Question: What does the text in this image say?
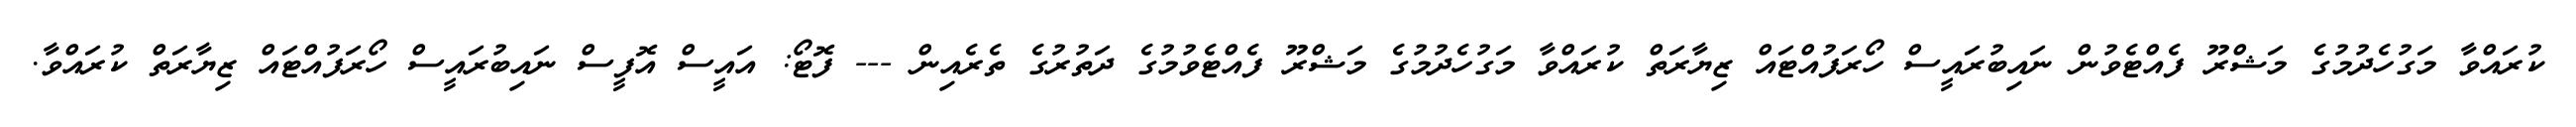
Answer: ކުރައްވާ މަގުހެދުމުގެ މަޝްރޫ ފެއްޓެވުން ނައިބުރައީސް ހޯރަފުއްޓައް ޒިޔާރަތް ކުރައްވާ މަގުހެދުމުގެ މަޝްރޫ ފެއްޓެވުމުގެ ދަތުރުގެ ތެރެއިން --- ފޮޓޯ: އައީސް އޮފީސް ނައިބުރައީސް ހޯރަފުއްޓައް ޒިޔާރަތް ކުރައްވާ.